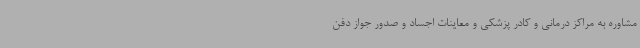
مشاوره به مراکز درمانی و کادر پزشکی و معاینات اجساد و صدور جواز دفن